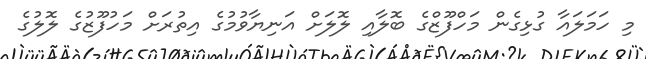
މި ހަމަލައާ ގުޅިގެން މަހްފޫޒްގެ ބޮލާއި ލޮލަށް އަނިޔާވުމުގެ އިތުރަށް މަހުފޫޒުގެ ލޮލުގެ